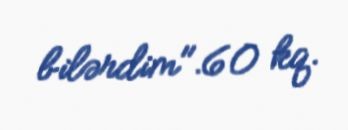
bilərdim".60 kq.